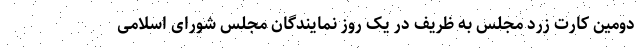
دومین کارت زرد مجلس به ظریف در یک روز نمایندگان مجلس شورای اسلامی